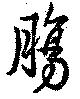
腸